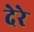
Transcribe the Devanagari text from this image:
देरे